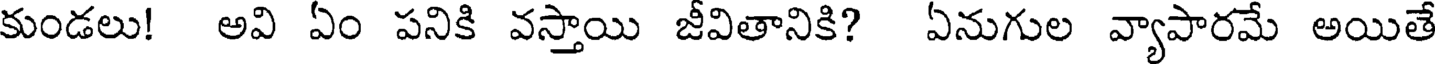
కుండలు! అవి ఏం పనికి వస్తాయి జీవితానికి? ఏనుగుల వ్యాపారమే అయితే